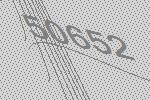
50652